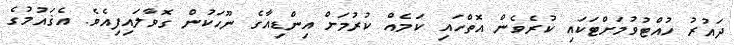
ދައުރު ހުއްޓުވުމަށްޓަކައި ކުރެވެން އޮތްހައި ކަމެއް ކުރުމަށް އިންޑިއާގެ ނޫހަކުން ގޮވާލައިފިއެވެ. އެޤައުމުގެ